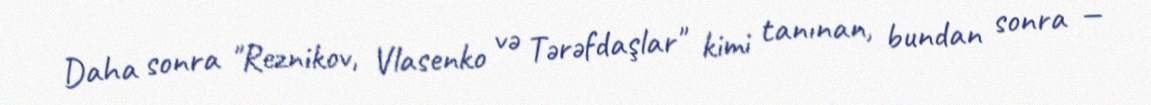
Daha sonra "Reznikov, Vlasenko və Tərəfdaşlar" kimi tanınan, bundan sonra —